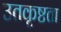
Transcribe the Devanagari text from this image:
उतकृष्टता